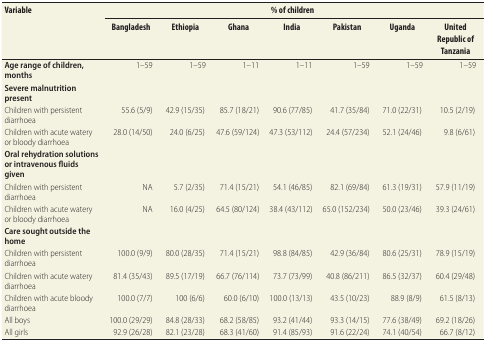
<table><thead><tr><td rowspan="2"><b>Variable</b></td><td colspan="7"><b>% of children</b></td></tr><tr><td><b>Bangladesh</b></td><td><b>Ethiopia</b></td><td><b>Ghana</b></td><td><b>India</b></td><td><b>Pakistan</b></td><td><b>Uganda</b></td><td><b>United Republic of Tanzania</b></td></tr></thead><tbody><tr><td><b>Age range of children, months</b></td><td>1–59</td><td>1–59</td><td>1–11</td><td>1–11</td><td>1–59</td><td>1–59</td><td>1–59</td></tr><tr><td><b>Severe malnutrition present</b></td><td></td><td></td><td></td><td></td><td></td><td></td><td></td></tr><tr><td>Children with persistent diarrhoea</td><td>55.6 (5/9)</td><td>42.9 (15/35)</td><td>85.7 (18/21)</td><td>90.6 (77/85)</td><td>41.7 (35/84)</td><td>71.0 (22/31)</td><td>10.5 (2/19)</td></tr><tr><td>Children with acute watery or bloody diarrhoea</td><td>28.0 (14/50)</td><td>24.0 (6/25)</td><td>47.6 (59/124)</td><td>47.3 (53/112)</td><td>24.4 (57/234)</td><td>52.1 (24/46)</td><td>9.8 (6/61)</td></tr><tr><td><b>Oral rehydration solutions or intravenous fluids given</b></td><td></td><td></td><td></td><td></td><td></td><td></td><td></td></tr><tr><td>Children with persistent diarrhoea</td><td>NA</td><td>5.7 (2/35)</td><td>71.4 (15/21)</td><td>54.1 (46/85)</td><td>82.1 (69/84)</td><td>61.3 (19/31)</td><td>57.9 (11/19)</td></tr><tr><td>Children with acute watery or bloody diarrhoea</td><td>NA</td><td>16.0 (4/25)</td><td>64.5 (80/124)</td><td>38.4 (43/112)</td><td>65.0 (152/234)</td><td>50.0 (23/46)</td><td>39.3 (24/61)</td></tr><tr><td><b>Care sought outside the home</b></td><td></td><td></td><td></td><td></td><td></td><td></td><td></td></tr><tr><td>Children with persistent diarrhoea</td><td>100.0 (9/9)</td><td>80.0 (28/35)</td><td>71.4 (15/21)</td><td>98.8 (84/85)</td><td>42.9 (36/84)</td><td>80.6 (25/31)</td><td>78.9 (15/19)</td></tr><tr><td>Children with acute watery diarrhoea</td><td>81.4 (35/43)</td><td>89.5 (17/19)</td><td>66.7 (76/114)</td><td>73.7 (73/99)</td><td>40.8 (86/211)</td><td>86.5 (32/37)</td><td>60.4 (29/48)</td></tr><tr><td>Children with acute bloody diarrhoea</td><td>100.0 (7/7)</td><td>100 (6/6)</td><td>60.0 (6/10)</td><td>100.0 (13/13)</td><td>43.5 (10/23)</td><td>88.9 (8/9)</td><td>61.5 (8/13)</td></tr><tr><td>All boys</td><td>100.0 (29/29)</td><td>84.8 (28/33)</td><td>68.2 (58/85)</td><td>93.2 (41/44)</td><td>93.3 (14/15)</td><td>77.6 (38/49)</td><td>69.2 (18/26)</td></tr><tr><td>All girls</td><td>92.9 (26/28)</td><td>82.1 (23/28)</td><td>68.3 (41/60)</td><td>91.4 (85/93)</td><td>91.6 (22/24)</td><td>74.1 (40/54)</td><td>66.7 (8/12)</td></tr></tbody></table>